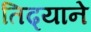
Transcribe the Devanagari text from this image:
तिढ्याने